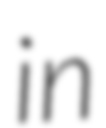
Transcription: in